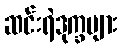
ဆင်းရဲဒုက္ခများ